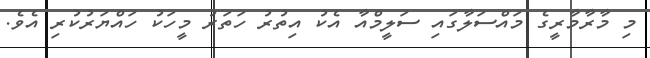
މި މާރާމާރީގެ މައްސަލާގައި ސަލީމްއާ އެކު އިތުރު ހަތަރު މީހަކު ހައްޔަރުކުރި އެވެ.